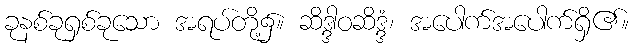
ခုနစ်ခုရှစ်ခုသော အရပ်တို့၌။ ဆိဒ္ဒါဝဆိဒ္ဒံ၊ အပေါက်အပေါက်ရှိ၏။